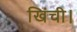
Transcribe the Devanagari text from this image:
खिंची।